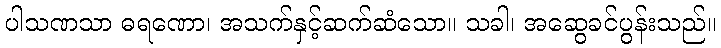
ပါသဏသာ ဓရဏော၊ အသက်နှင့်ဆက်ဆံသော။ သခါ၊ အဆွေခင်ပွန်းသည်။